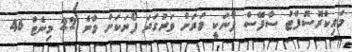
މައިކްރޮސޮފްޓް ސާފޭސް ފޯނަކީ ވަރަށް ވަރުގަދަ ފޯނަކަށް ވާނެ 22 މިނެޓް 46